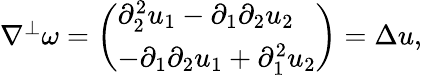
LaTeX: \begin{array}{r}{\nabla^{\perp}\omega=\left(\begin{array}{l}{\partial_{2}^{2}u_{1}-\partial_{1}\partial_{2}u_{2}}\\ {-\partial_{1}\partial_{2}u_{1}+\partial_{1}^{2}u_{2}}\end{array}\right)=\Delta u,}\end{array}